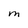
Character: M